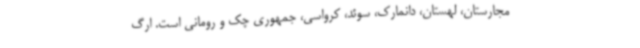
مجارستان، لهستان، دانمارک، سوئد، کرواسی، جمهوری چک و رومانی است. ارگ